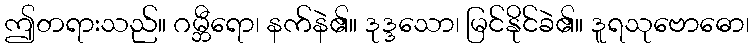
ဤတရားသည်။ ဂမ္ဘီရော၊ နက်နဲ၏။ ဒုဒ္ဒသော၊ မြင်နိုင်ခဲ၏။ ဒူရသုဗောဓော၊